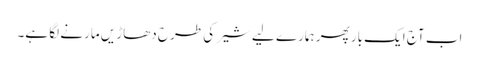
اب آج ایک بار پھر ہمارے لیے شیر کی طرح دھاڑیں مارنے لگا ہے۔